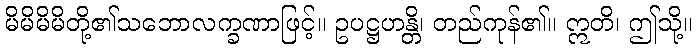
မိမိမိမိတို့၏သဘောလက္ခဏာဖြင့်။ ဥပဋ္ဌဟန္တိ၊ တည်ကုန်၏။ ဣတိ၊ ဤသို့။